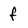
Character: f